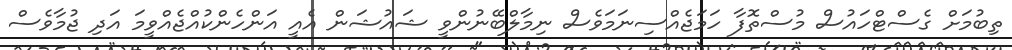
ތިބުމަށް ގެސްޓްހައުސް މުސްތޮފާ ހަމަޖެއްސިނަމަވެސް ނިމާލްބޭނުންވީ ޝައުޝަން އެއީ އަންހެންކުއްޖެއްވީމަ އަދި ޖުމާވެސް